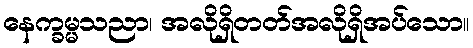
နေက္ခမ္မသညာ၊ အလိုရှိတတ်အလိုရှိအပ်သော။